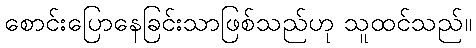
စောင်းပြောနေခြင်းသာဖြစ်သည်ဟု သူထင်သည်။